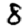
Digit: 8